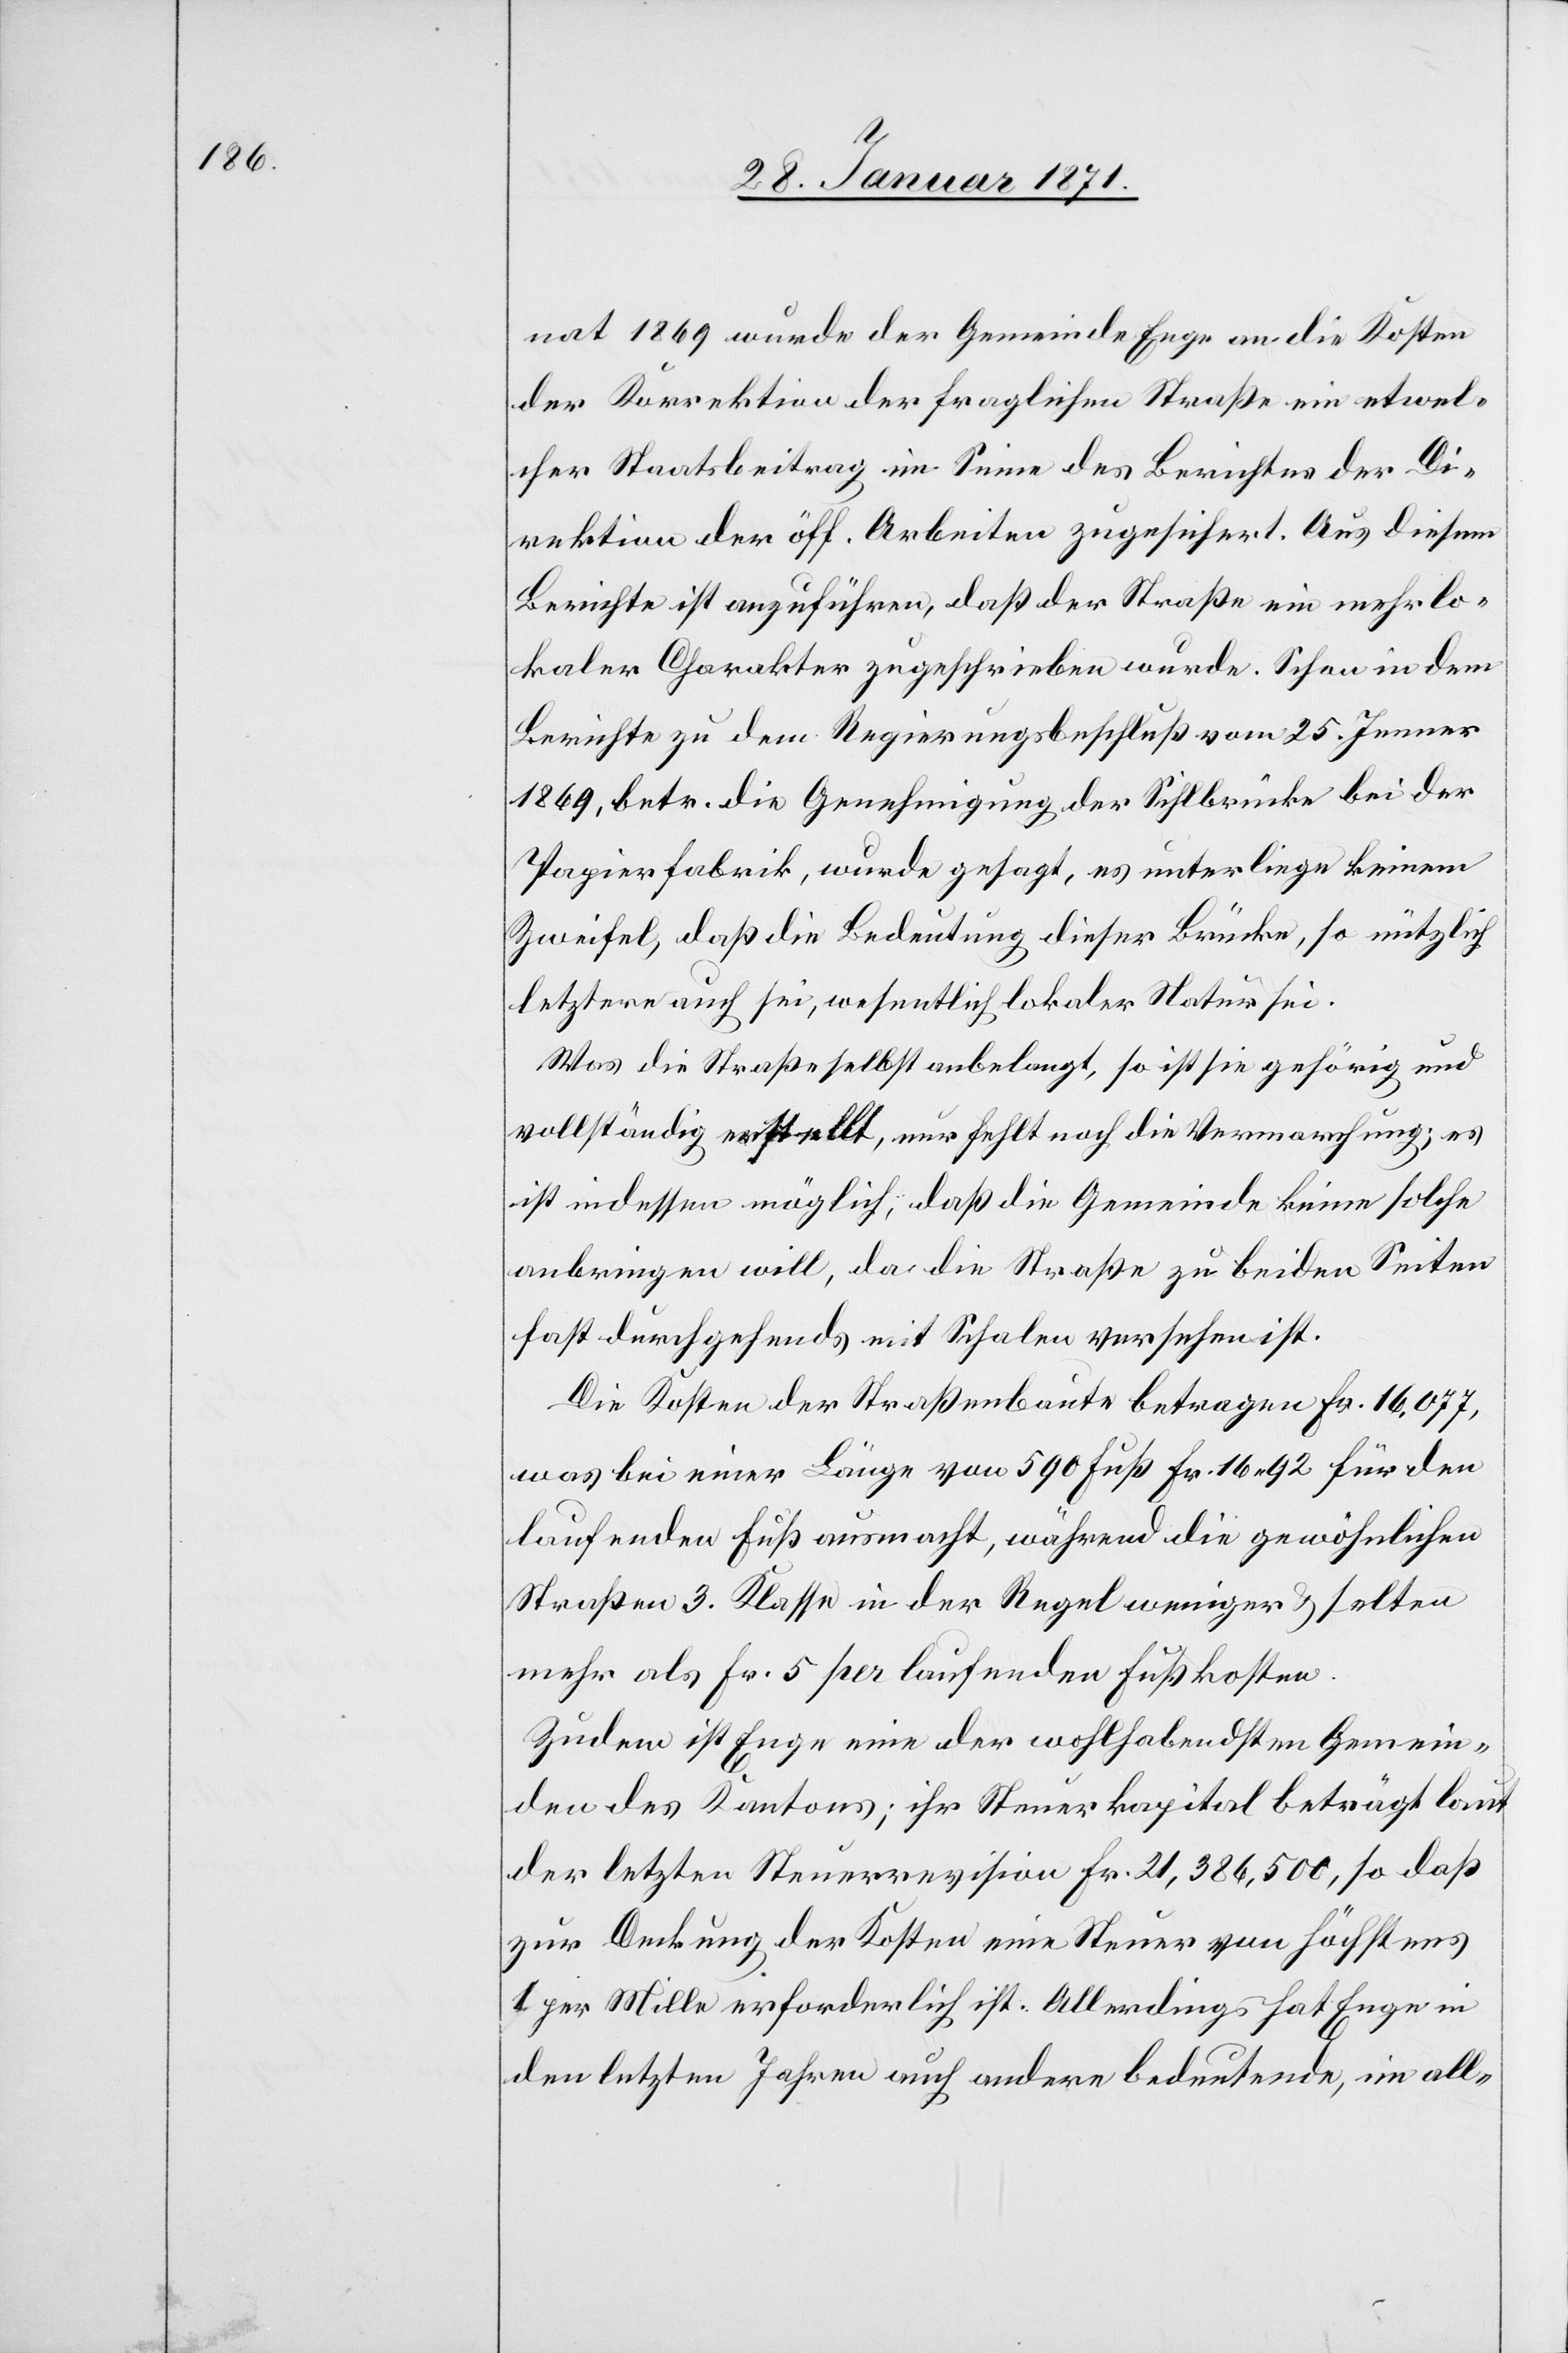
nat 1869 wurde der Gemeinde Enge an die Kosten
der Korrektion der fraglichen Straße ein etwel¬
cher Staatsbeitrag im Sinne des Berichtes der Di¬
rektion der öff. Arbeiten zugesichert. Aus diesem
Berichte ist anzuführen, daß der Straße ein mehr lo¬
kaler Charakter zugeschrieben wurde. Schon in dem
Berichte zu dem Regierungsbeschluß vom 25. Jenner
1869, betr. die Genehmigung der Sihlbrücke bei der
Papierfabrik, wurde gesagt, es unterliege keinem
Zweifel, daß die Bedeutung dieser Brücke, so nützlich
letztere auch sei, wesentlich lokaler Natur sei.
Was die Straße selbst anbelangt, so ist sie gehörig und
vollständig erstellt, nur fehlt die Vermarchung; es
ist indessen möglich, daß die Gemeinde keine solche
anbringen will, da die Straße zu beiden Seiten
fast durchgehends mit Schalen versehen ist.
Die Kosten der Straßenbaute betragen Fr. 16,077,
was bei einer Länge von 590 Fuß Fr. 16.92 für den
laufenden Fuß ausmacht, während die gewöhnlichen
Straßen 3. Klasse in der Regel weniger u. selten
mehr als Fr. 5 per laufenden Fuss kosten.
Zudem ist Enge eine der wohlhabendsten Gemein¬
den des Kantons; ihr Steuerkapital beträgt laut
der letzten Steuerrevision Fr. 21,386,500, so daß
zur Deckung der Kosten eine Steuer von Höchstens
1 per Mille erforderlich ist. Allerdings hat Enge in
den letzten Jahren auch andere bedeutende, in all-